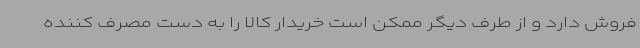
فروش دارد و از طرف دیگر ممکن است خریدار کالا را به دست مصرف کننده